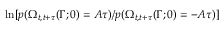
\ln [ p ( \Omega _ { t , t + \tau } ( \Gamma ; 0 ) = A \tau ) / p ( \Omega _ { t , t + \tau } ( \Gamma ; 0 ) = - A \tau ) ]